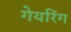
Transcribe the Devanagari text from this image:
गेयरिंग